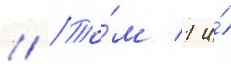
// То́м 1 и́